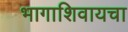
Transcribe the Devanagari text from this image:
भागाशिवायचा